Mental hospitals Bombay report 1921-28 - 1921-1928
Year: 1921
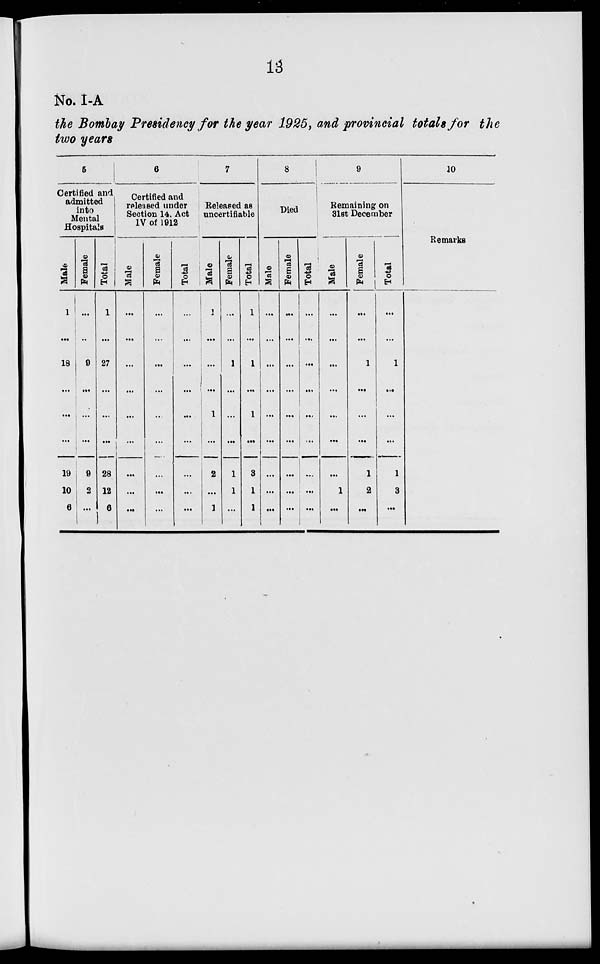
13
No. I-A
the Bombay Presidency for the year 1925, and provincial totals for the
two years
5
Certified and
admitted
into
Mental
Hospitals
Male
1
...
18
...
...
...
19
10
6
Female
...
...
9
...
...
...
9
2
...
Total
1
...
27
...
...
...
28
12
6
6
Certified and
released under
Section 14. Act
IV of 1912
Male
...
...
...
...
...
...
...
...
...
Female
...
...
...
...
...
...
...
...
...
Total
...
...
...
...
...
...
...
...
...
7
Released as
uncertifiable
Male
1
...
...
...
1
...
2
...
1
Female
...
...
1
...
...
...
1
1
...
Total
1
...
1
...
1
...
3
1
1
8
Died
Male
...
...
...
...
...
...
...
...
...
Female
...
...
...
...
...
...
...
...
...
Total
...
...
...
...
...
...
...
...
...
9
Remaining on
31st December
Male
...
...
...
...
...
...
...
1
...
Female
...
...
1
...
...
...
1
2
...
Total
...
...
1
...
...
...
1
3
...
10
Remarks